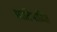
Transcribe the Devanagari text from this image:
प्रातिपादित